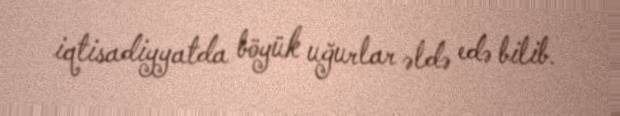
iqtisadiyyatda böyük uğurlar əldə edə bilib.